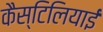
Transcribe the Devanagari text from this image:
कैस्टिलियाई